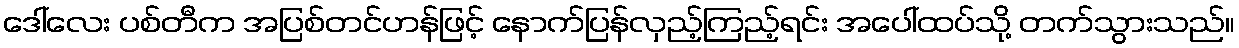
ဒေါ်လေး ပစ်တီက အပြစ်တင်ဟန်ဖြင့် နောက်ပြန်လှည့်ကြည့်ရင်း အပေါ်ထပ်သို့ တက်သွားသည်။